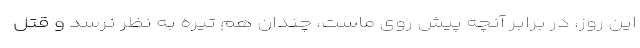
این روز، در برابر آنچه پیش روی ماست، چندان هم تیره به نظر نرسد و قتل